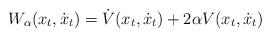
LaTeX: \begin{align*}W_{\alpha}(x_t, \dot{x}_t) = \dot{V}(x_t, \dot{x}_t) + 2 \alpha V(x_t, \dot{x}_t)\end{align*}